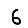
Digit: 6